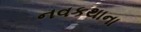
નવકથાના